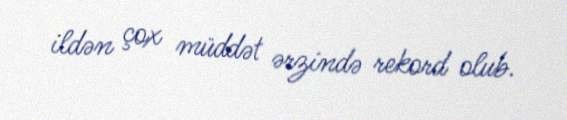
ildən çox müddət ərzində rekord olub.